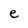
Character: e